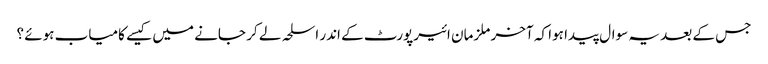
جس کے بعد یہ سوال پیدا ہوا کہ آخر ملزمان ائیرپورٹ کے اندر اسلحہ لے کر جانے میں کیسے کامیاب ہوئے ؟